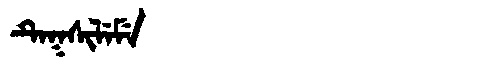
Manchu: ᡨᡝᡴᠰᡳᠯᡝᠮᡝ
Romanization: TEKSILEME